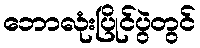
ဘောလုံးပြိုင်ပွဲတွင်